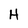
Character: H